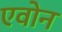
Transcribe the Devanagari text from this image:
एवोन